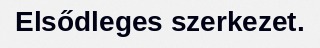
Elsődleges szerkezet.